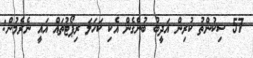
57 ސިކުންތު ކުރިން އަދީބު ބުނެގެން އެކި ކަހަލަ ރިޕޯޓުތައް އައީ ނެރެމުން: